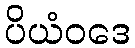
ပိယံဝဒေ